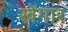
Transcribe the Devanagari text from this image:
खेंगार